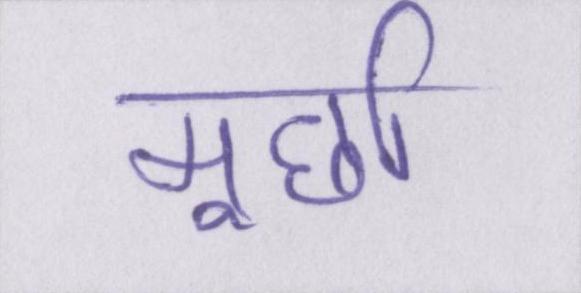
मूर्छा